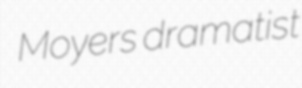
Moyers dramatist